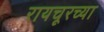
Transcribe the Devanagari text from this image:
रायचूरच्या